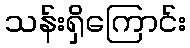
သန်းရှိကြောင်း